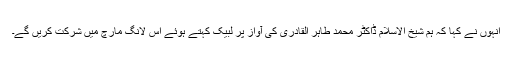
انہوں نے کہا کہ ہم شیخ الاسلام ڈاکٹر محمد طاہر القادری کی آواز پر لبیک کہتے ہوئے اس لانگ مارچ میں شرکت کریں گے۔